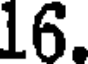
16.